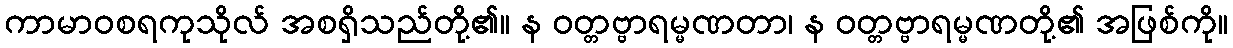
ကာမာဝစရကုသိုလ် အစရှိသည်တို့၏။ န ဝတ္တဗ္ဗာရမ္မဏတာ၊ န ဝတ္တဗ္ဗာရမ္မဏတို့၏ အဖြစ်ကို။